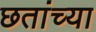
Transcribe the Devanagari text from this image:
छतांच्या